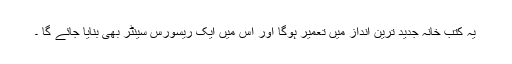
یہ کتب خانہ جدید ترین انداز میں تعمیر ہوگا اور اس میں ایک ریسورس سینٹر بھی بنایا جائے گا ۔